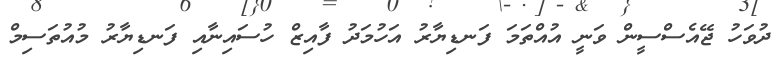
ދުވަހު ޖޭއެސްސީން ވަނީ އުއްތަމަ ފަނޑިޔާރު އަހުމަދު ފާއިޒް ހުސައިނާއި ފަނޑިޔާރު މުއުތަސިމް